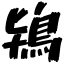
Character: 鴇